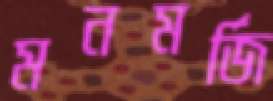
মনমর্জি